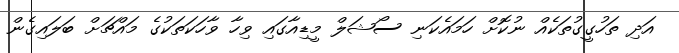
އަދި ތަހުގީގުތަކެއް ނުކޮށް ހަމައެކަނި ސޯޝަލް މީޑިއާގައި ވިހާ ވާހަކަތަކުގެ މައްޗަށް ބަލައިގެން